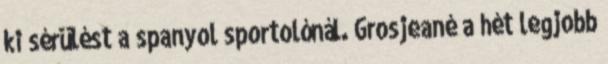
ki sérülést a spanyol sportolónál. Grosjeané a hét legjobb